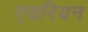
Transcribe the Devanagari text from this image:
एयरियन